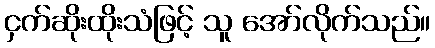
ငှက်ဆိုးထိုးသံဖြင့် သူ အော်လိုက်သည်။